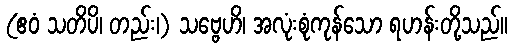
(ဧဝံ သတိပိ၊ တည်း၊) သဗ္ဗေဟိ၊ အလုံးစုံကုန်သော ရဟန်းတို့သည်။